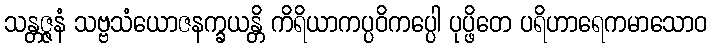
သန္တဇ္ဇနံ သဗ္ဗသံယောဇနက္ခယန္တိ ကိရိယာကပ္ပဝိကပ္ပေါ ပုပ္ဖိတေ ပရိဟာရေကမာသောဝ